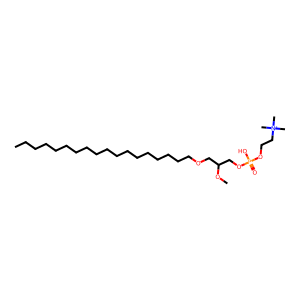
SMILES: CCCCCCCCCCCCCCCCCCOCC(COP(=O)(O)OCC[N+](C)(C)C)OC
Inhibits HIV replication: No